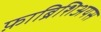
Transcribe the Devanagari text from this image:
फ़ाब्रिशिअयस